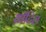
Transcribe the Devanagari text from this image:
थ्रॉटिल